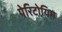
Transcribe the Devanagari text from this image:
पेरिटोयिम